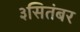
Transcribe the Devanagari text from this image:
३सितंबर